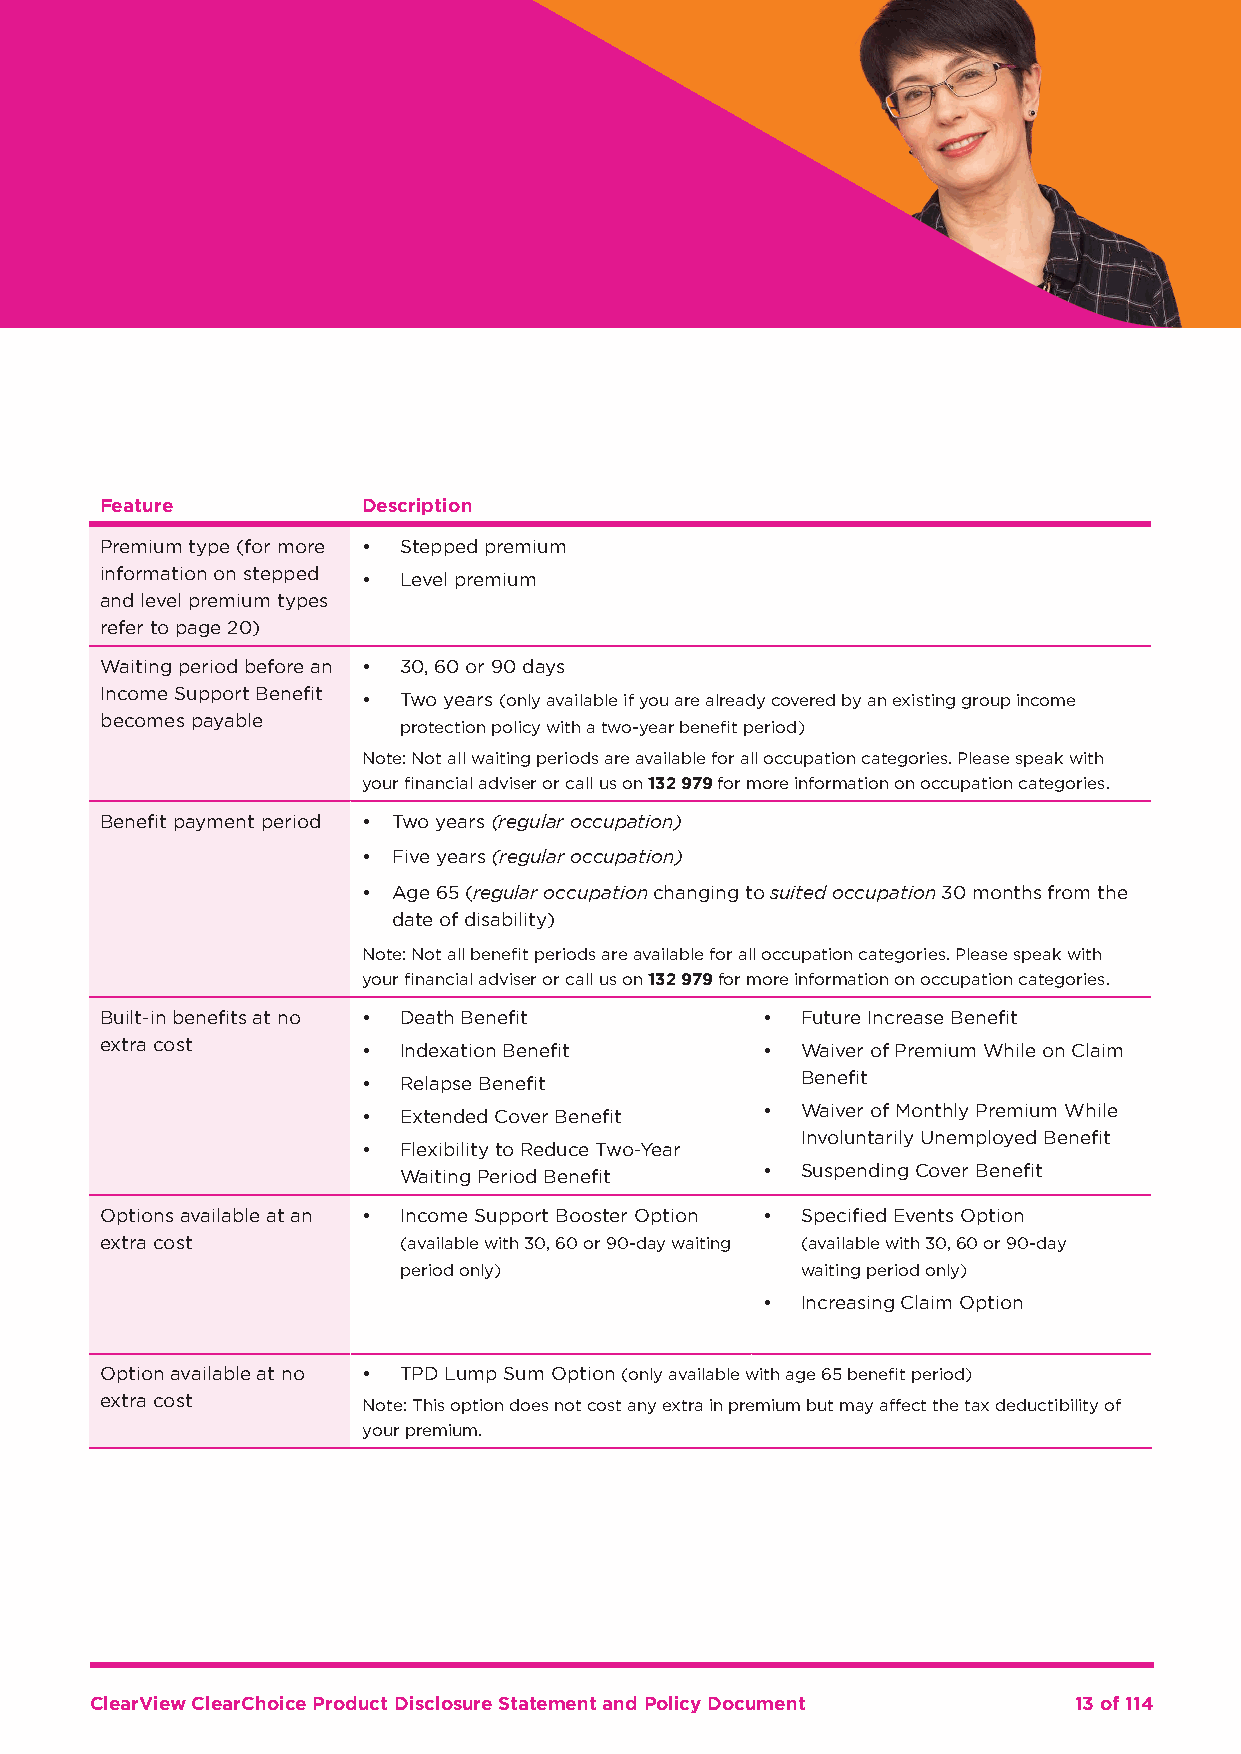
Feature          Description
 Premium type (for more • Stepped premium
 information on stepped • Level premium
 and level premium types
 refer to page 20)
 Waiting period before an • 30, 60 or 90 days
 Income Support Benefit • Two years (only available if you are already covered by an existing group income
 becomes payable
 protection policy with a two-year benefit period)
 Note: Not all waiting periods are available for all occupation categories. Please speak with
 your financial adviser or call us on 132 979 for more information on occupation categories.
 Benefit payment period • Two years (regular occupation)
 • Five years (regular occupation)
 • Age 65 (regular occupation changing to suited occupation 30 months from the
 date of disability)
 Note: Not all benefit periods are available for all occupation categories. Please speak with
 your financial adviser or call us on 132 979 for more information on occupation categories.
 Built-in benefits at no • Death Benefit    •  Future Increase Benefit
 extra cost       • Indexation Benefit      •  Waiver of Premium While on Claim
 • Relapse Benefit            Benefit
 • Extended Cover Benefit  •  Waiver of Monthly Premium While
 Involuntarily Unemployed Benefit
 • Flexibility to Reduce Two-Year
 Waiting Period Benefit  •  Suspending Cover Benefit
 Options available at an • Income Support Booster Option • Specified Events Option
 extra cost         (available with 30, 60 or 90-day waiting (available with 30, 60 or 90-day
 period only)               waiting period only)
 •  Increasing Claim Option
 Option available at no • TPD Lump Sum Option (only available with age 65 benefit period)
 extra cost       Note: This option does not cost any extra in premium but may affect the tax deductibility of
 your premium.
 ClearView ClearChoice Product Disclosure Statement and Policy Document 13 of 114